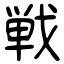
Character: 戦